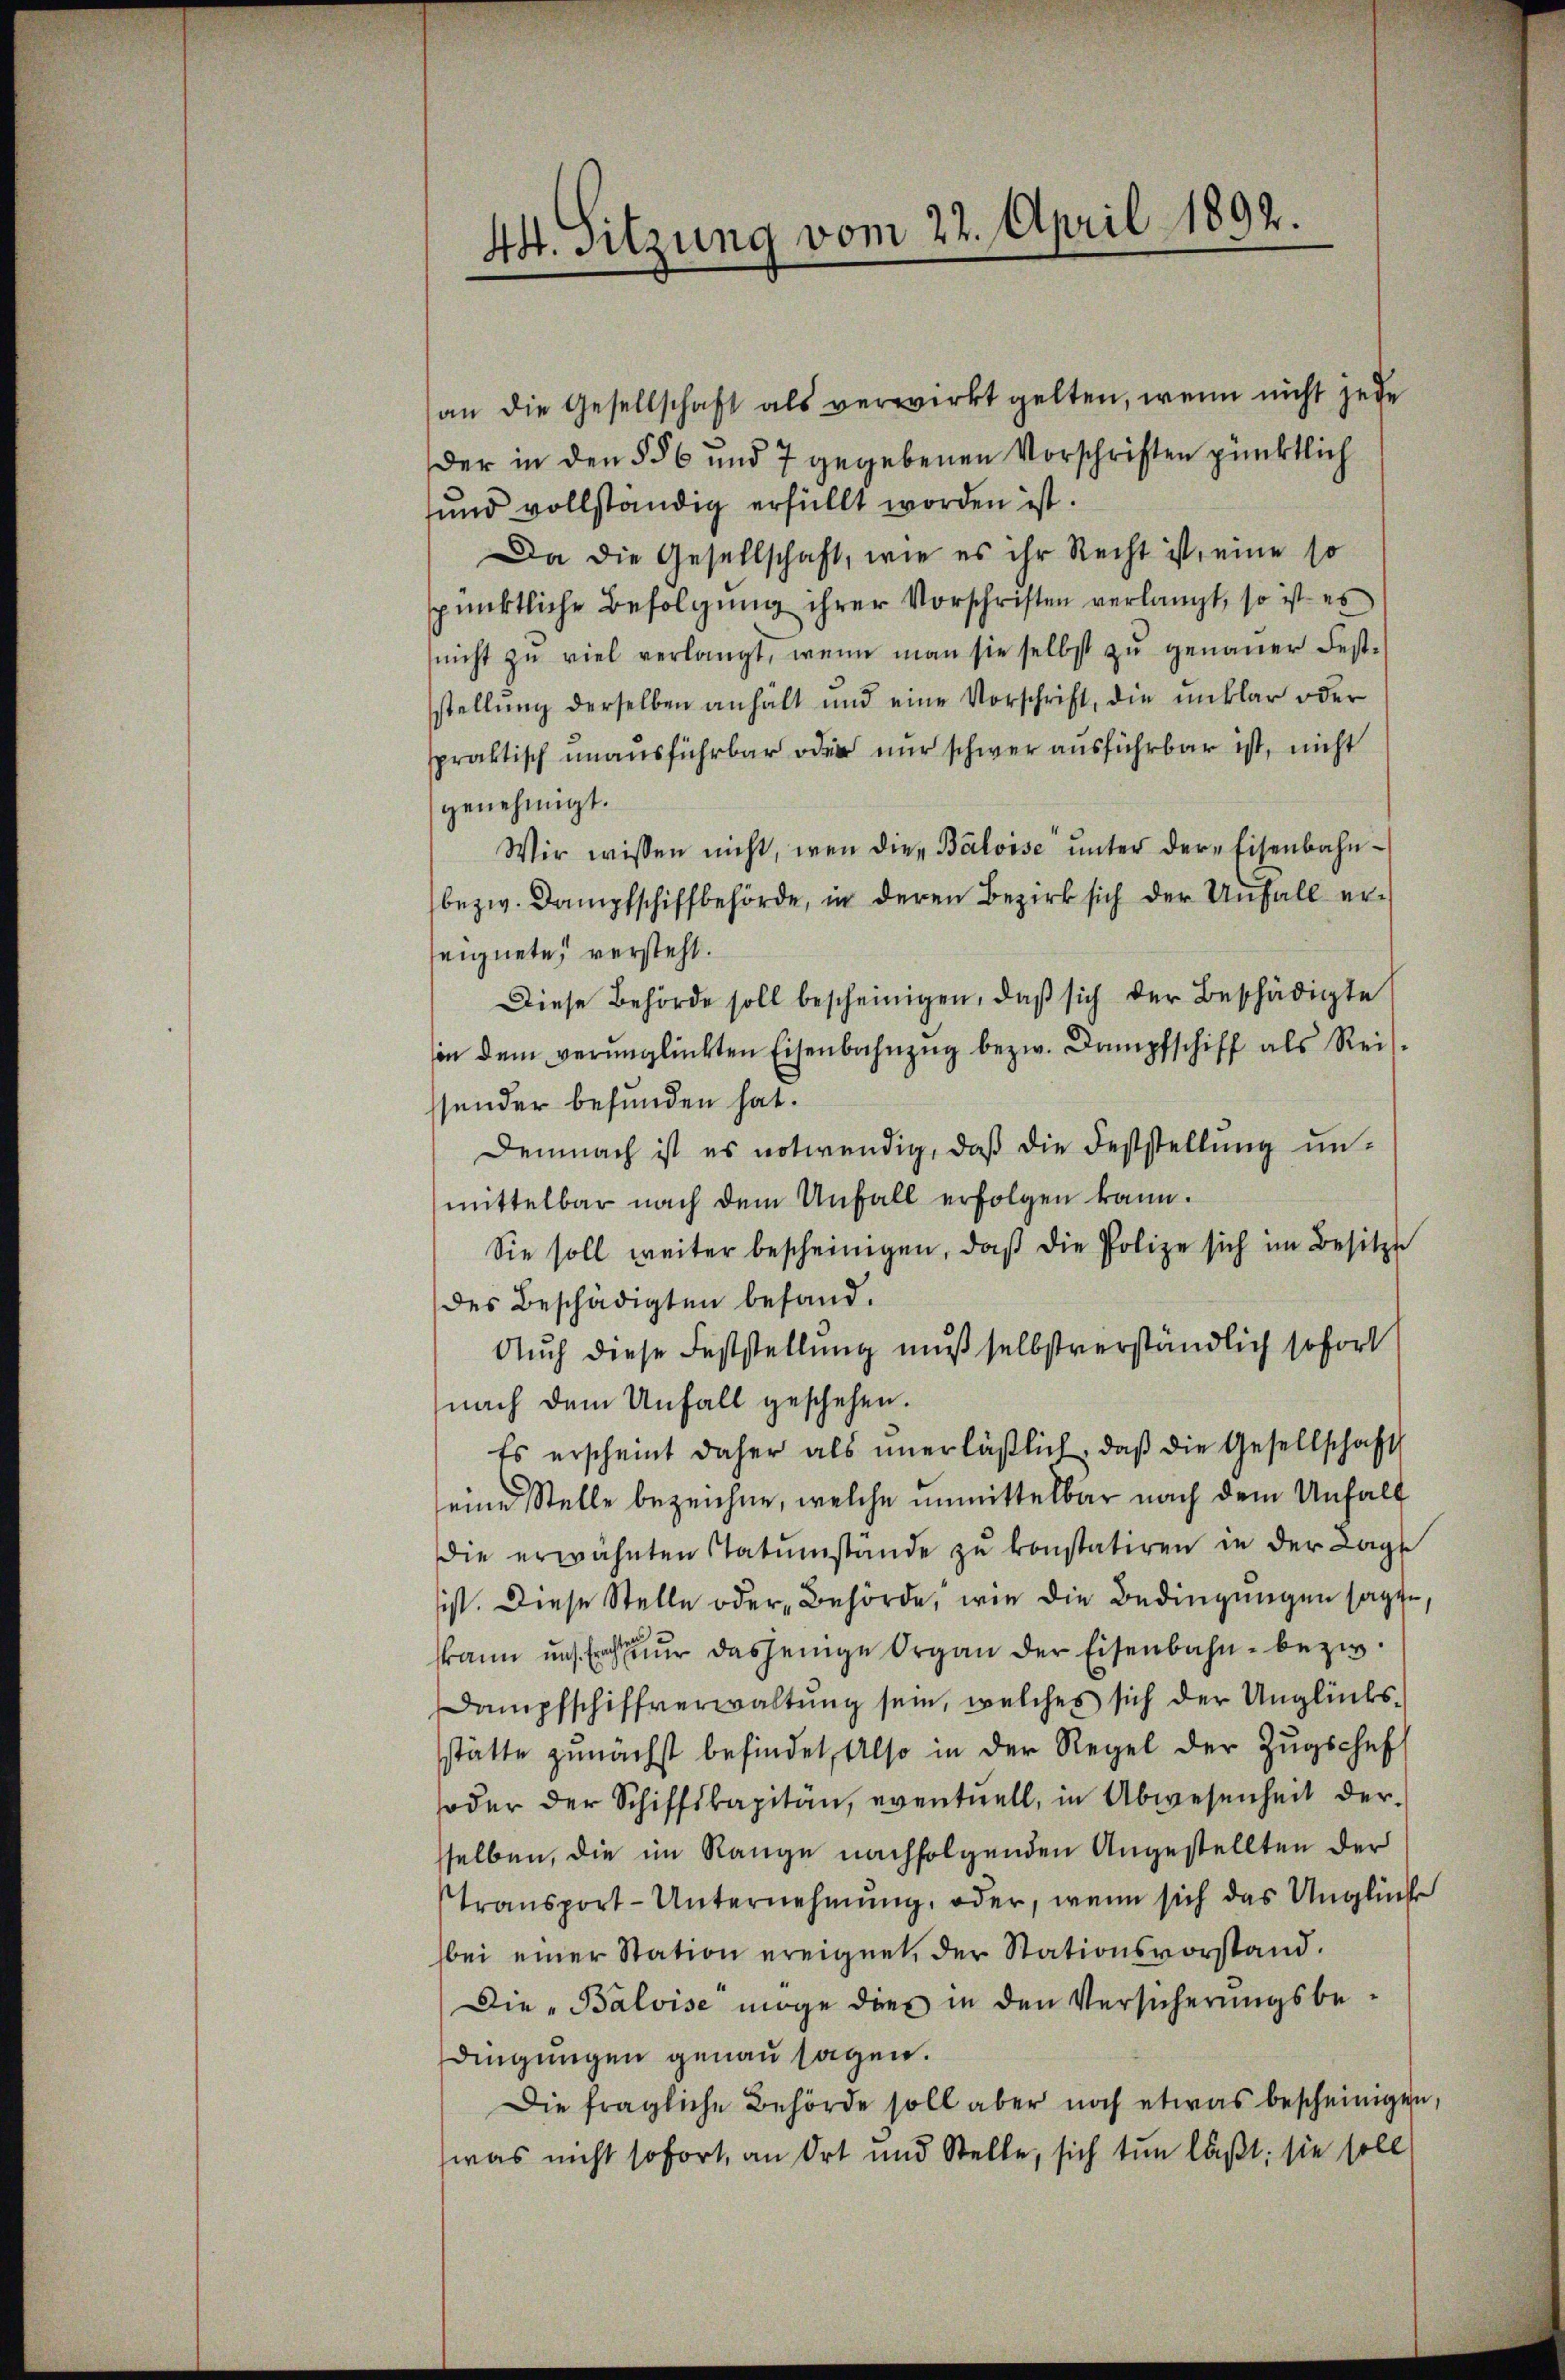
44. Sitzung vom 22. April 1892.

an die Gesellschaft als verwirkt gelten, wenn nicht jede
Der in den §§ 6 und 7 gegebenen Vorschriften pünktlich
und vollständig erfüllt worden ist.
Da die Gesellschaft, wie es ihr Recht ist, eine so
pünktliche Befolgung ihrer Vorschriften verlangt, so ist es
nicht zŭ viel verlangt, wenn man sie selbst zŭ genaŭer Fest-
stellung derselben anhält und eine Vorschrift, die unklar oder
spraktisch unausführbar oder nur schwer ausführbar ist, nicht
genehmigt.
Wir wissen nicht, wenn die Báloise ŭnter der Eisenbahn-
bezw. Dampfschiffbehörde, in deren Bezirk sich der Unfall er-
seignete, versteht.
Diese Behörde soll bescheinigen, daβ sich der Beschädigte
in dem verŭnglückten Eisenbahnzŭg bezw. Dampfschiff als Reis-
sender befunden hat.
Demnach ist es notwendig, daß die Feststellung un-
mittelbar nach dem Unfall erfolgen kann.
Sie soll weiter bescheinigen, daß die Polize sich im Besitzt
des Beschädigten befand.
Auch diese Feststellung muß selbstverständlich sofort
nach dem Unfall geschehen.
Es erscheint daher als unerläßlich, daß die Gesellschaft
seine Stelle bezeichne, welche unmittelbar nach dem Unfall
die erwähnten Natŭmstände zu konstatiren in der Lage
ist. Diese Stelle oder Behörde, wie die Bedingungen sagte,
kann uns. Erachter dasjenige Organ der Eisenbahn- bezw.
Dampfschiffverwaltung sein, welches sich der Unglücksstätte zunächst befindet, also in der Regel der Zŭgschef
oder der Schiffskapitän, eventuell, in Abwesenheit der-
selben, die im Range nachfolgenden Angestellten der
Transport-Unternehmung, oder, wenn sich das Unglücke
bei einer Station ereignet, der Stationsvorstand.
Die „Balvise möge dies in den Versicherungsbedingungen genau sagen.
Die fragliche Behörde soll aber noch etwas bescheinigen,
was nicht sofort, an Ort und Stelle, sich tun läßt; sie soll